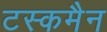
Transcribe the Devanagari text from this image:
टस्कमैन